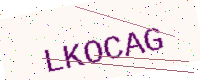
Text: LKOCAG